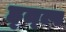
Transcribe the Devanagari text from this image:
ह्त्त्प